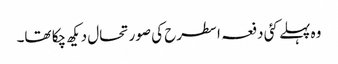
وہ پہلے کئی دفعہ اسطرح کی صورتحال دیکھ چکا تھا۔